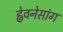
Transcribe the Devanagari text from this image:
ह्वेवनेसांग